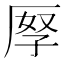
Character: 𠩨